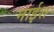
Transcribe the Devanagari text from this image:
नाईश